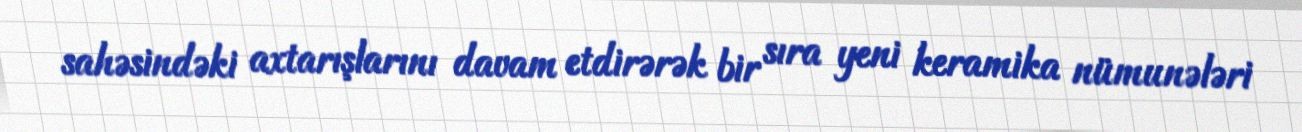
sahəsindəki axtarışlarını davam etdirərək bir sıra yeni keramika nümunələri